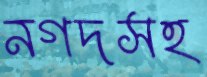
নগদসহ